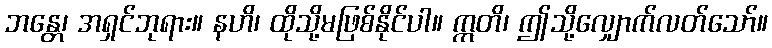
ဘန္တေ၊ အရှင်ဘုရား။ နဟိ၊ ထိုသို့မဖြစ်နိုင်ပါ။ ဣတိ၊ ဤသို့လျှောက်လတ်သော်။